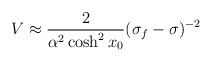
\begin{align*}{V\approx\frac{2}{\alpha^2\cosh^2 x_0}(\sigma_f-\sigma)^{-2}}\end{align*}